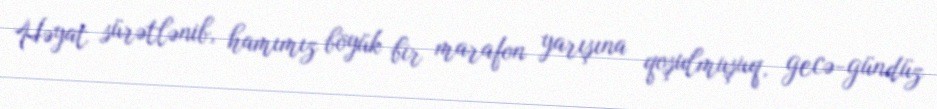
Həyat sürətlənib, hamımız böyük bir marafon yarışına qoşulmuşuq, gecə-gündüz